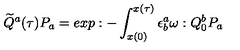
\widetilde Q ^ { a } ( \tau ) P _ { a } = e x p : - \int _ { x ( 0 ) } ^ { x ( \tau ) } \epsilon _ { b } ^ { a } \omega : Q _ { 0 } ^ { b } P _ { a }